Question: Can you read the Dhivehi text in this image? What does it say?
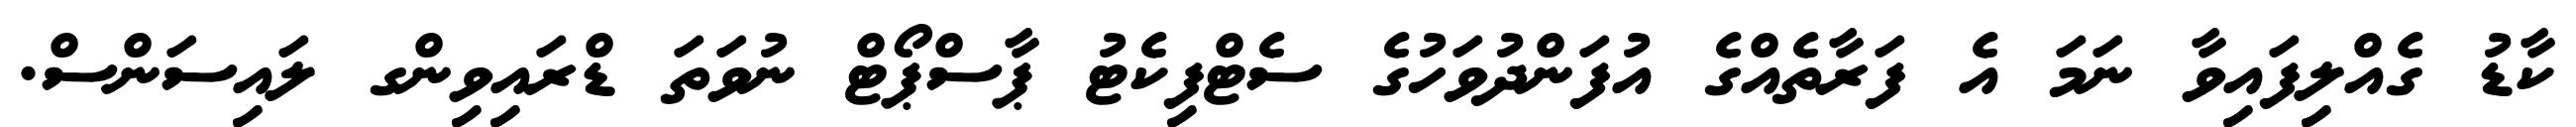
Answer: ކާޑު ގެއްލިފައިވާ ނަމަ އެ ފަރާތެއްގެ އުފަންދުވަހުގެ ސެޓްފިކެޓު ޕާސްޕޯޓް ނުވަތަ ޑްރައިވިންގ ލައިސަންސް.